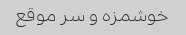
خوشمزه و سر موقع